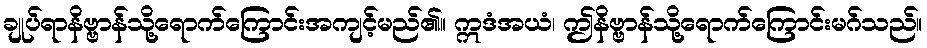
ချုပ်ရာနိဗ္ဗာန်သို့ရောက်ကြောင်းအကျင့်မည်၏။ ဣဒံအယံ၊ ဤနိဗ္ဗာန်သို့ရောက်ကြောင်းမဂ်သည်။